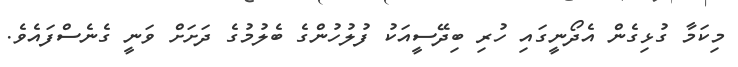
މިކަމާ ގުޅިގެން އެދޯނީގައި ހުރި ބިދޭސީއަކު ފުލުހުންގެ ބެލުމުގެ ދަށަށް ވަނީ ގެނެސްފައެވެ.